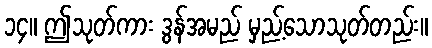
၁၄။ ဤသုတ်ကား ဒွန်အမည် မှည့်သောသုတ်တည်း။